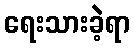
ရေးသားခဲ့ရာ